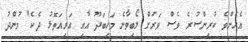
އެހެންވެ ކުރިންސުރެ ވެސް ވަރަށް ލޯބިވާނެ މަހިބަދޫ އާއި އަރިއަތޮޅު ދެކެ" މުންދު